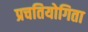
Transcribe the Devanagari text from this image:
प्रचतियोगिता